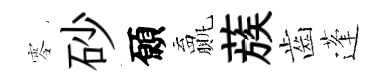
零砂願贏蔟齒蓬